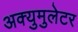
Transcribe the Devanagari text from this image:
अक्युमुलेटर